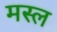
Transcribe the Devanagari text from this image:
मस्ल